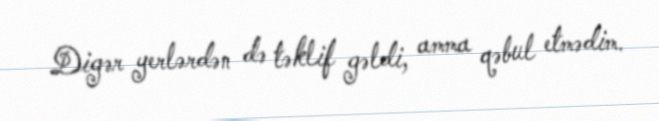
Digər yerlərdən də təklif gəldi, amma qəbul etmədim.